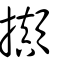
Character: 攧